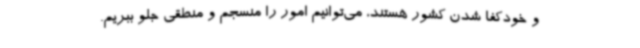
و خودکفا شدن کشور هستند، می‌توانیم امور را منسجم و منطقی جلو ببریم.